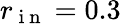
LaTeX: r_{\mathrm{~i~n~}}=0.3